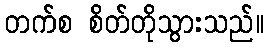
တက်စ စိတ်တိုသွားသည်။